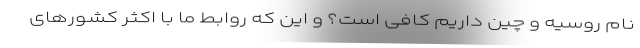
نام روسیه و چین داریم کافی است؟ و این که روابط ما با اکثر کشورهای